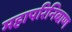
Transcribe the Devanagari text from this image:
महापरिनिबाण